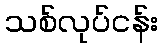
သစ်လုပ်ငန်း